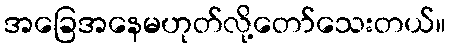
အခြေအနေမဟုတ်လို့တော်သေးတယ်။